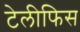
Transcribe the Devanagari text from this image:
टेलीफिस